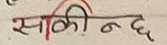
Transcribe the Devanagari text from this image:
सकीन्छ